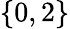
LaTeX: \{ 0,2\}